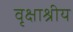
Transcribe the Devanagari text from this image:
वृक्षाश्रीय